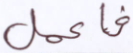
فاعمل